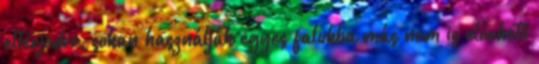
elterjedve, sokan használják egyes falukba más nem is elérhető